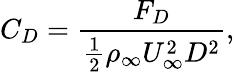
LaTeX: C_{D}=\frac{F_{D}}{\frac{1}{2}\rho_{\infty}U_{\infty}^{2}D^{2}},